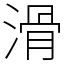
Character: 滑